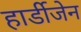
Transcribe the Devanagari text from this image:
हार्डीजेन